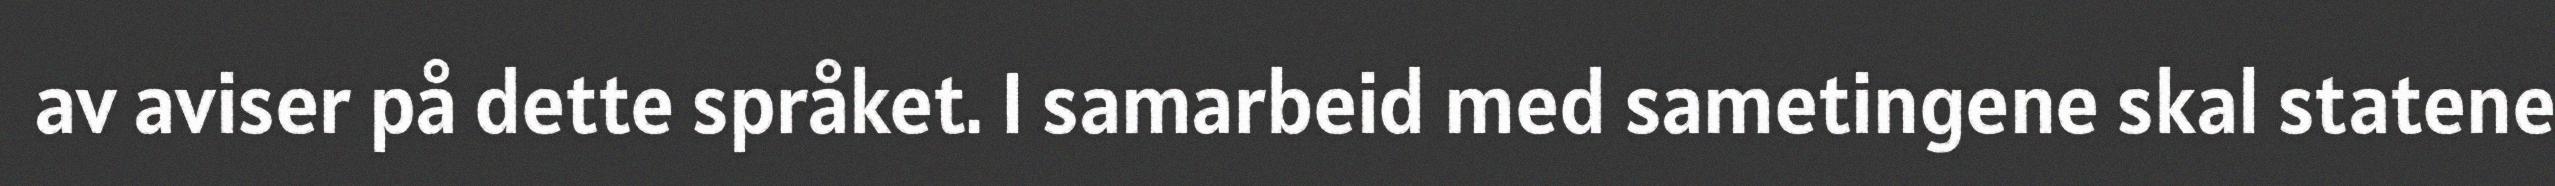
av aviser på dette språket. I samarbeid med sametingene skal statene